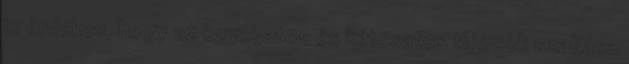
is érdekes, hogy az egycsatos és kétcsatos típusok szabása